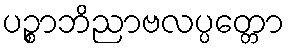
ပဉ္စာဘိညာဗလပ္ပတ္တော